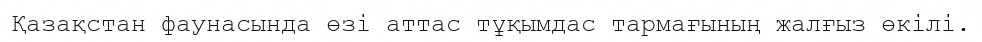
Қазақстан фаунасында өзі аттас тұқымдас тармағының жалғыз өкілі.